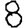
Digit: 8